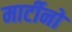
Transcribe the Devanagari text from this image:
मार्टीनो